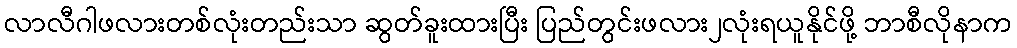
လာလီဂါဖလားတစ်လုံးတည်းသာ ဆွတ်ခူးထားပြီး ပြည်တွင်းဖလား၂လုံးရယူနိုင်ဖို့ ဘာစီလိုနာက